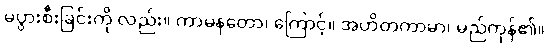
မပွားစီးခြင်းကို လည်း။ ကာမနတော၊ ကြောင့်။ အဟိတကာမာ၊ မည်ကုန်၏။